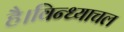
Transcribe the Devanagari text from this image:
है।विन्ध्याचल